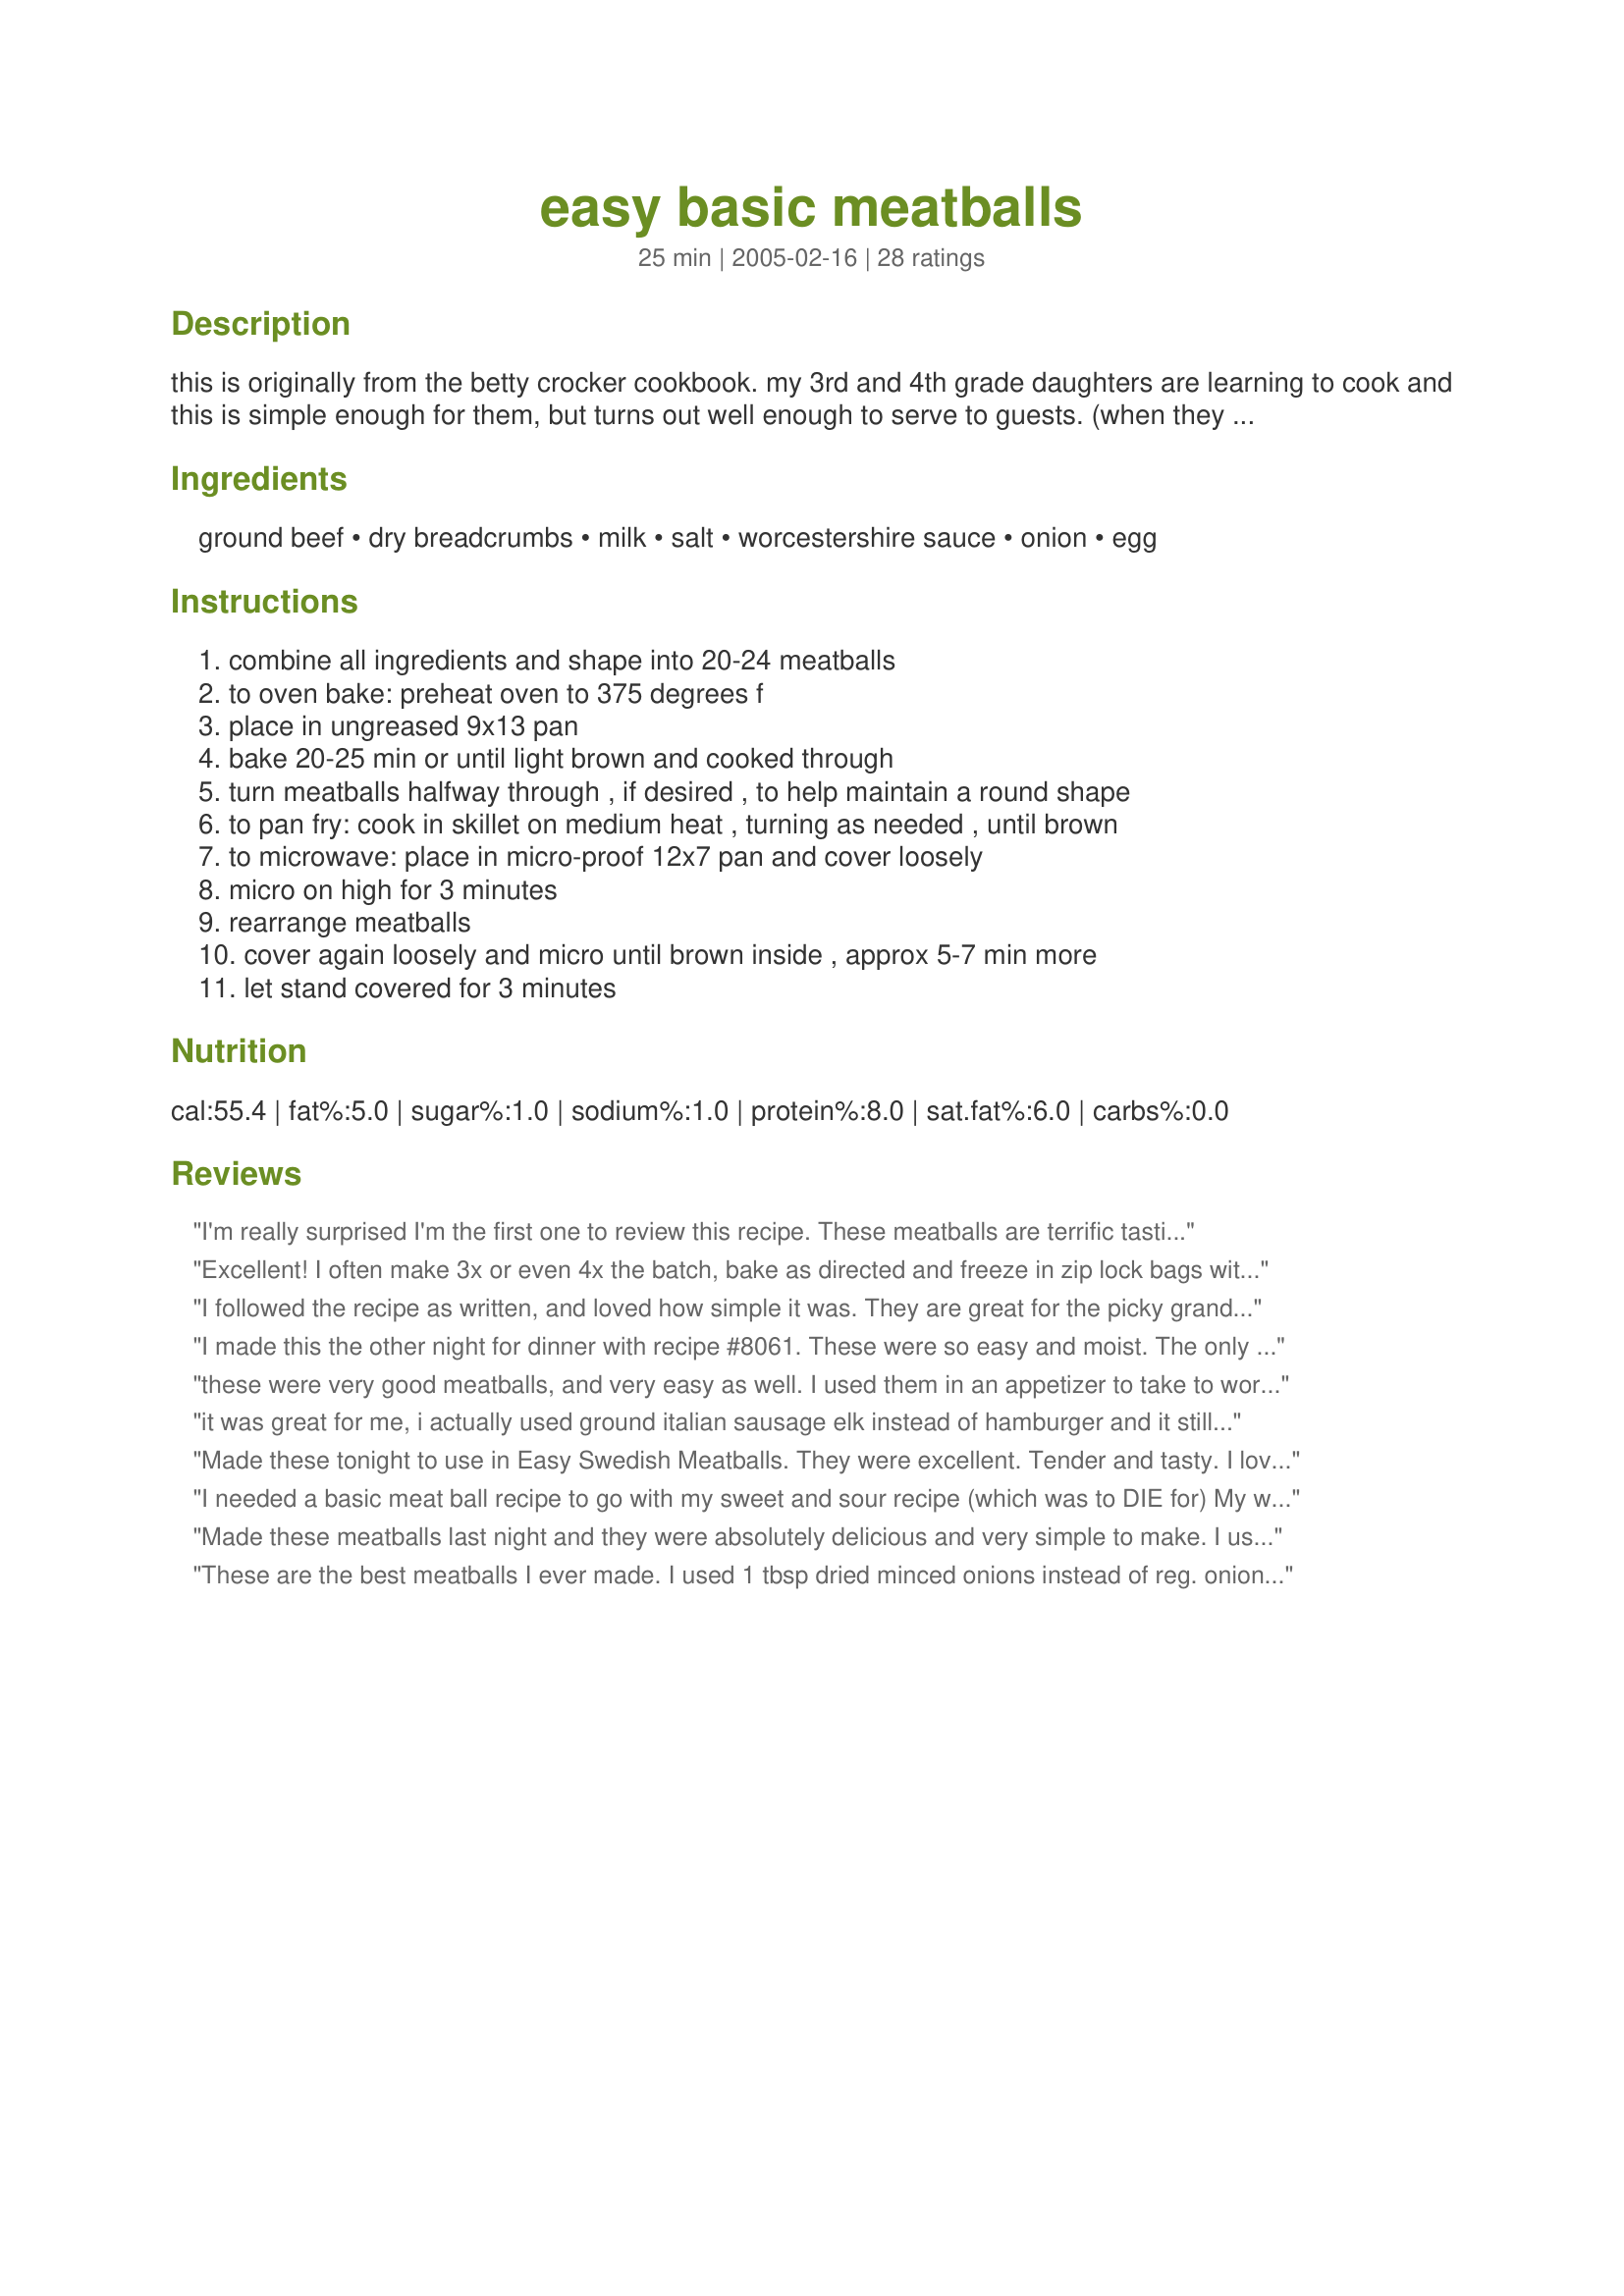
easy basic meatballs
Preparation time: 25 minutes

this is originally from the betty crocker cookbook. my 3rd and 4th grade daughters are learning to cook and this is simple enough for them, but turns out well enough to serve to guests. (when they use this recipe, they usually sub 1/4-1/2 tsp onion powder for the chopped onion.) it's also a very versatile recipe: sometimes we also add other spices -- oregano, basil, thyme for italian food or cinnamon and mint for greek food.) we always oven-bake these, though there are also pan-fry and microwave options in the cookbook that we've not tried. also good to cook ahead and freeze for later use.

Ingredients:
ground beef, dry breadcrumbs, milk, salt, worcestershire sauce, onion, egg

Steps:
combine all ingredients and shape into 20-24 meatballs, to oven bake: preheat oven to 375 degrees f, place in ungreased 9x13 pan, bake 20-25 min or until light brown and cooked through, turn meatballs halfway through , if desired , to help maintain a round shape, to pan fry: cook in skillet on medium heat , turning as needed , until brown, to microwave: place in micro-proof 12x7 pan and cover loosely, micro on high for 3 minutes, rearrange meatballs, cover again loosely and micro until brown inside , approx 5-7 min more, let stand covered for 3 minutes

Reviews:
I'm really surprised I'm the first one to review this recipe. These meatballs are terrific tasting and it just doesn't get much easier than baking them in the oven. I followed your recipe exactly and baked these in the oven for 25 minutes. Never even bothered to turn them over because they really didn't need it and they were perfectly done. Sure you could add alot of different spices/herbs but why spoil a good thing. These meatballs are perfect just the way they are. This will be the only meatball recipe I use from now on. Thanks for sharing winkki!


Excellent! I often make 3x or even 4x the batch, bake as directed and freeze in zip lock bags with enough for one meal. They reheat great!
I followed the recipe as written, and loved how simple it was. They are great for the picky grandkids. They gobbled them up. I made extra to give them to take back home with them. Thanks for posting it.
I made this the other night for dinner with recipe #8061. These were so easy and moist. The only change I will make next time is to mince my onions. Thanks for a real keeper winkki!
these were very good meatballs, and very easy as well. I used them in an appetizer to take to work for halloween and they were gobbled up by all. The only thing that I was that was missing was a baking temp for the oven but we stuck them in there at 350 and it worked out fine!
it was great for me, i actually used ground italian sausage elk instead of hamburger and it still turned out tasty... now to make the pasta for dinner with the boyfriend. thanks for posting it
Made these tonight to use in Easy Swedish Meatballs. They were excellent. Tender and tasty. I loved baking them rather than frying. Only change I made was to add some shredded parmesean cheese.
I needed a basic meat ball recipe to go with my sweet and sour recipe (which was to DIE for) My whole family went nuts over this, not only were the meatballs EASY to make I added Itialian seasoning, onion powder and garlic powder (eyeballed it to our taste) but they were AWESOME! can I rate it 20 stars? LOL
Made these meatballs last night and they were absolutely delicious and very simple to make. I used garlic powder instead of the onions or onion powder and it gave them great flavor. Will definitely make these again.
These are the best meatballs I ever made. I used 1 tbsp dried minced onions instead of reg. onion. After I baked them I simmered them in my sauce. I also used Italian bread crumbs. Try them they are great.
Just made them they are awesome!!
This recipe turned out great. Super easy and delicious. I don't work well with onions, so I replaced the one small onion with a little less than one tablespoon of onion powder. After a few tries, I decided to add my own twist to the recipe. I added 6 tablespoons of grated Parmesan. This adds a nice flavor. <br/><br/>I highly recommend this recipe.
My husband and 5 year old made these tonight. They were delicious! Very moist and tasty. I think it's an easy recipe to adapt. We used them for meatball sandwiches. We baked them at 350 for the time suggested. Thank you!
Would help to have the oven temperature on this. I&#039;ll try it at 400.
Great Recipe.! Exactly what I was looking for, a simple meatballs recipe.I made them tonight.I added some italian seasoning and a little sausage.After baking @350 for 20 mins I put them in the slow cooker,on low, with diana's sauce.Turned out great..tasted excellent.Ver filling.
Tastewise, they are good, very plain though. I also thought that 1-1 1/2 inch meatballs were far too small, so i doubled the recipe and made them around 2.5 inches thick and had about 26 meatballs, cooked them at 350 for about 40 minutes, never had to turn them, all in all, they are good, we'll see how they are with the spaghetti tonight.
I needed a basic meatball recipe that I could tweak once in a while and this is it. I tasted good and easy to make. Thanks for posting.
I, too am giving you 5 *'s and am so glad to see it posted. This is the same recipe I use, only I use 1 tsp. salt and 2 Tbl. very finely chopped onion. So basically the same, everything else is, and the salt is just a matter of personal tatse. Sometimes I add herbs to them and sometimes 1/4 cup grated parmesan, but this is a GREAT stand-by recipe just as is! (I think we have the same book!) I've been using this recipe for 25 years! TY for posting it, hope others try it, too! (I also bake mine, no fuss no "muss"!)
Awesome!

I didn't see what temperature anywhere to cook them at? I just cooked at 375, and they came out fine.
Great, easy recipe!! The whole family loves it!!!
This recipe is truly "easy" and "basic." I recommend it for new cooks or people like me...I had all the ingredients already so I thought I'd give it a try. Next time I'd add a little garlic. Having seasoned bread crumbs and worcestershire helped add a little flavor.
These are so easy to throw together! I followed the recipe exactly except using 1 TB minced onion instead of a reg onion. I put them on a cookie sheet into the oven at 400 degrees for 24 minutes and they were delicious on spaghetti. I did forget to turn them over half way through and wish I would have, not only to keep them more circular, but to get that crispy brown on both sides. We had none left. Next time I will definitely make a double batch.
I love easy & yummy recipe's like this once, I made a sweet & sour sauce to poor over the meatballs- yummy!! I cooked them on a skillet, there needs to be a cooking temperature in the directions.
LOVE these meatballs! They are so easy to make and so yummy! I usually make these for meatball subs but want to make them for spaghetti and meatballs also. Next time ground beef goes on sale I&#039;m going to buy a whole bunch and make some to freeze.
So versatile and easy to make and also yummy!!
WoW! So excited to find this recipe. My 8 year old son LOVES meatballs and I have never made them. We did it together last night. He loved mixing up the ingredients and forming the meatballs. We baked them in the oven and they turned out beautiful. The best part was that they were delicious! My entire family loved them. My son was so proud of his delicious dish! We will absolutely be making them again. Thank you for this easy, great recipe!
I went looking for an easy meatball recipe - one with ingredients I had in the house. This was it! The meatballs couldn't have been easier to make, and they came out so juicy and tasty. The onions really made them sweet. We even out them in our homemade spaghetti sauce and it improved it tremendously!
I've used this recipe since finding it on here almost 10 years ago. This has been my go-to meatball recipe. I always make a double batch. They don't last long! For those curious about oven temp, I've baked these at 375* for 30 minutes, turning them once after 15 minutes. I make them about 1.5 to 1.75 inch I size. I do make a few changes: For the original recipe I add: 1/4 tsp ground pepper, 1/2 tsp of garlic powder (or 2-3 fresh cloves, minced), 1/4 cup of parmesan cheese, 1/4 cup breadcrumbs (instead of the 1/2 cup called for), and 1/2 tsp of onion powder in place of the fresh onion. Hope everyone loves this recipe as much as we do!
